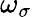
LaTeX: \omega_{\sigma}